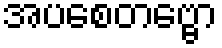
အပစေတဗ္ဗော